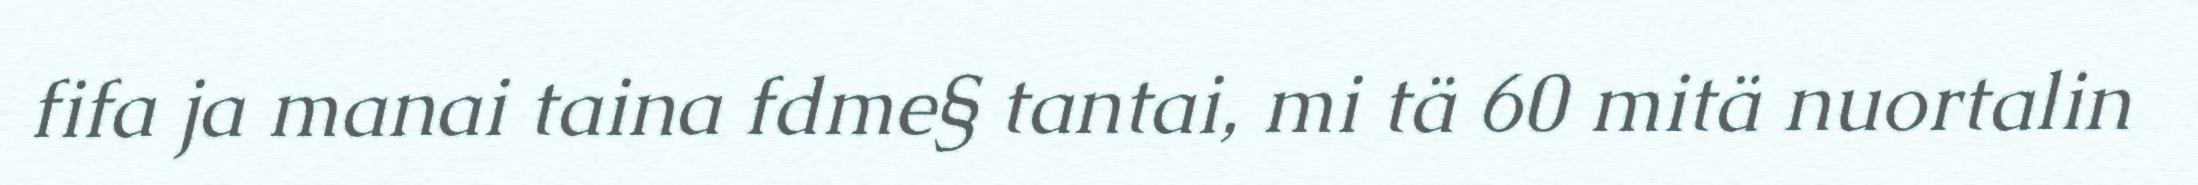
fifa ja manai taina fdme§ tantai, mi tä 60 mitä nuortalin